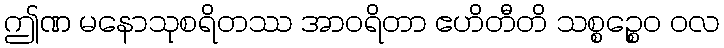
ဤဏ မနောသုစရိတဿ အာဝရိတာ ဧဟိတီတိ သစ္စဉ္စေဝ ဝလ